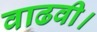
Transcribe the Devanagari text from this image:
वाढवी।